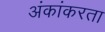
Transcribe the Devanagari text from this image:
अंकांकरता